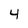
Character: 4